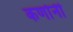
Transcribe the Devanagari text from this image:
कर्णानी